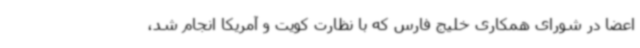
اعضا در شورای همکاری خلیج فارس که با نظارت کویت و آمریکا انجام شد،